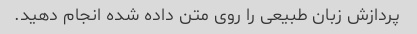
پردازش زبان طبیعی را روی متن داده شده انجام دهید.